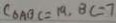
C _ { \Delta A B C } = 1 9 , B C = 7